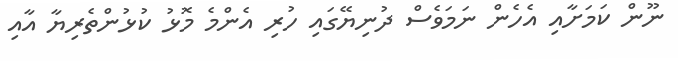
ނޫން ކަމަށާއި އެހެން ނަމަވެސް ދުނިޔޭގައި ހުރި އެންމެ މޮޅު ކުޅުންތެރިޔާ އާއި